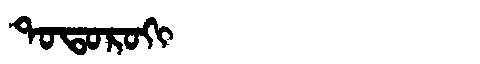
Manchu: ᡨᠣᡨᠣᡵᠣᡴᡳ
Romanization: TOTOROKI